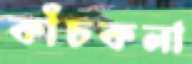
কাঁচকলা